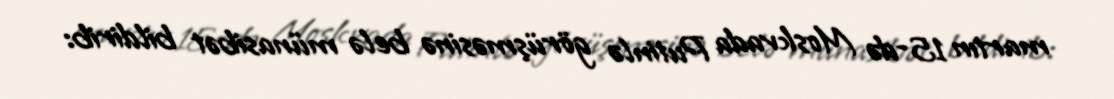
martın 15-də Moskvada Putinlə görüşməsinə belə münasibət bildirib: